Civil Veterinary Department Bengal reports 1923-33 - 1923-1933
Year: 1923
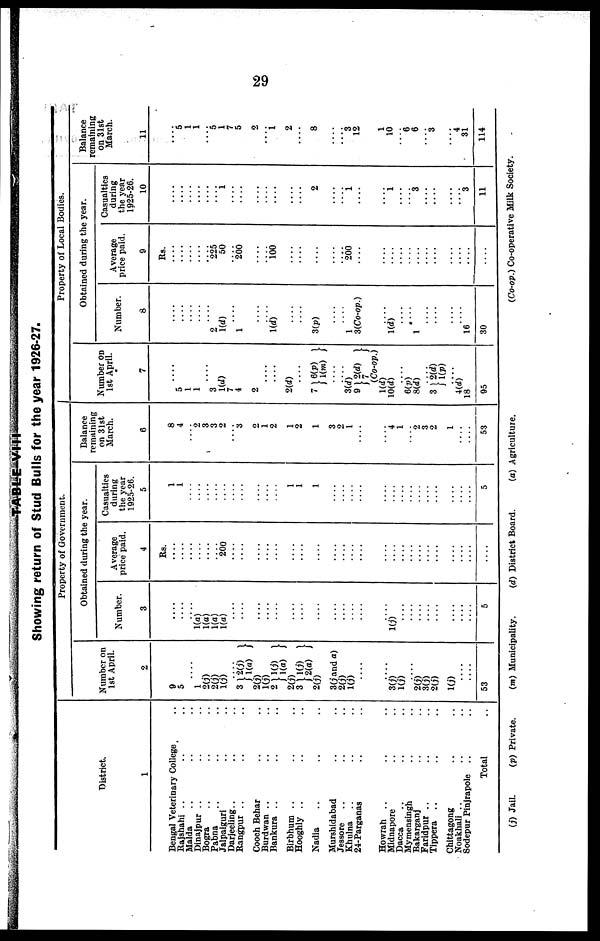
29
TABLE-VIH
Showing return of Stud Bulls for the year 1926-27.
District.
1
Bengal Veterinary College ..
Rajshahi .. .. ..
Malda .. .. ..
Dinajpur .. .. ..
Bogra .. .. ..
Pabna .. .. ..
Jalpaiguri .. ..
Darjeeling .. .. ..
Rangpur .. .. ..
Cooch Behar .. ..
Burdwan .. .. ..
Bankura .. .. ..
Birbhum .. .. ..
Hooghly.. .. ..
Nadia .. .. ..
Murshidabad .. ..
Jessore .. .. ..
Khulna .. .. ..
24-Parganas
Howrah .. .. ..
Midnapore .. ..
Dacca
Mymensingh .. ..
Bakarganj .. ..
Faridpur .. ..
Tippera
..
..
..
Chittagong .. ..
Noakhali
..
..
..
Sodepur Pinjrapole .. ..
Total ..
Property of Government.
Number on
1st April.
2
9
5
.... 1
2(j)
2(j)
1(j)
3 2(j)
1(a)
2(j)
1(j)
2
1(j)
1(a)
2(j)
3 1 (j)
2(a)
2(j)
3(j and a)
2(j)
1(j)
....
....
3(j)
1(j)
2(j)
3(j)
2(j)
1(j)
....
....
53
Obtained during the year.
Number.
3
....
....
.... 1(a)
1(a)
1(a)
1(a)
....
....
....
....
....
....
....
....
....
....
....
....
.... 1(j)
....
....
....
....
....
....
....
....
5
Average
price paid.
4
Rs.
....
....
....
....
....
.... 200
....
....
....
....
....
....
....
....
....
....
....
....
....
....
....
....
....
....
....
.... ....
....
....
....
Casualties
during
the year
1925-26.
5
1
1
....
....
....
....
....
....
....
....
....
....
1
1
1
....
....
....
....
....
....
....
....
....
....
....
.... ....
....
....
5
Balance
remaining
on 31st
March.
6
8
4
2
3
3
2
3
2
1
2
1
2
1
3
2
1
4
1
2
3
2
1
....
53
Property of Local Bodies.
Number on
1st April.
7
.... 5
1
1
.... 3
1(d)
7
4
2
....
....
2(d)
....
7 6(P)
1(m)
3(d)
9 2(d)
(Co-op.)
1(d)
10(d)
6(p)
3(d)
3 2(d)
J HP)
4(d)
18
95
Obtained during the year.
Number.
8
....
....
....
.... 2
1(d)
.... 1
....
.... 1(d)
....
....
3(p)
....
.... 1
3(Co-op.)
....
.... 1(d)
....
.... 1
....
....
.... ....
.... 16
30
Average
price paid.
9
Rs.
....
....
....
....
.... 225
50
.... 200
....
100
....
....
....
.... 200
....
....
....
....
....
....
....
....
....
.... ....
....
....
....
Casualties
during
the year
1925-26.
10
....
....
....
....
.... ....
....
....
....
....
....
....
....
....
2
.... ....
....
....
....
....
....
....
.... 3
....
....
.... ....
.... 3
11
Balance
remaining
on 31st
March.
11
.... 5
1
1
.... 5
1
7
5
2
....
....
2
....
8
....
3
12
....
1
10
.... "6
6
3
....
.... 4
31
114
(j) Jail.
(p) Private.
(m) Municipality.
(d) District Board.
(a) Agriculture.
(Co-op.) Co-operative Milk Society.